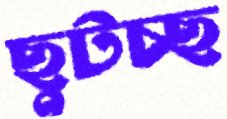
ছুটচ্ছ